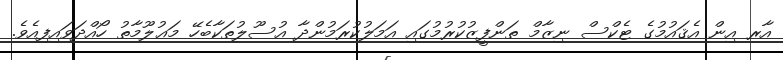
އާރ އިން އެޤައުމުގެ ޓެކްސް ނިޒާމް ތަންފީޒުކުރުމުގައި އަމަލުކުރަމުންދާ އުސޫލުތަކާބެހޭ މަޢުލޫމާތު ހޯއްދަވައިފިއެވެ.